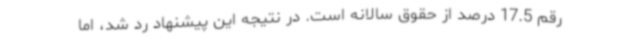
رقم 17.5 درصد از حقوق سالانه است. در نتیجه این پیشنهاد رد شد، اما